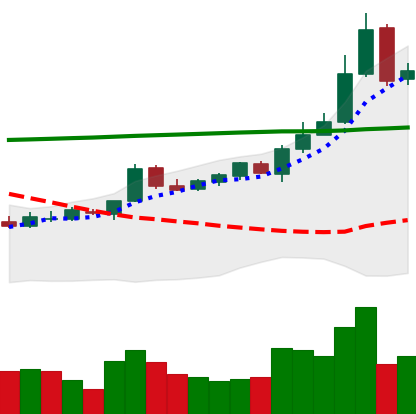
Ticker: BTC-USD
Chart end date: 2015-10-19
Forward return: 6.915%
Label: up_5_7